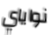
نواياي